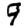
Digit: 9